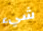
شيء